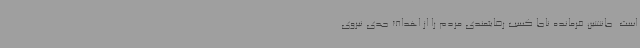
است. جانشین فرمانده ناجا کسب رضایتمندی مردم را از اهداف جدی نیروی